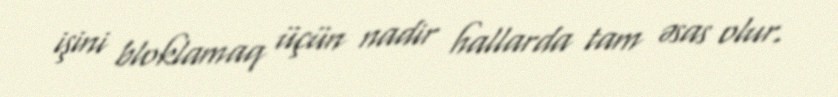
işini bloklamaq üçün nadir hallarda tam əsas olur.